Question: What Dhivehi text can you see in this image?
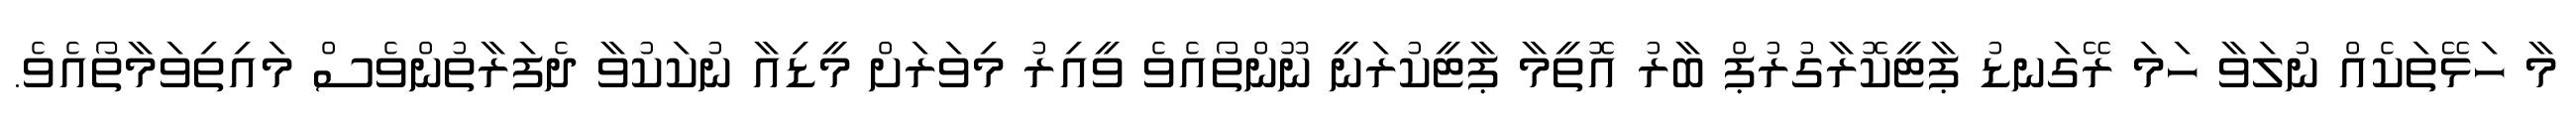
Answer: މާ ހަޅޭތަކެއް ނުލަވާ ހަމަ ރޭގަނޑު ޕާޓީކޮރާގުރުޕް ބާރު އޮތީމާ ޕާޓީކުރަނީ ނޫންތޯއެވެ ވީއިރު މިވަރަށް މީޑިއާ ނުކަކުވާ ދެފަރާތުންވެސް މައިތިވަމާތޯއެވެ.